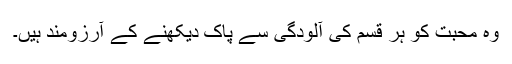
وہ محبت کو ہر قسم کی آلودگی سے پاک دیکھنے کے آرزومند ہیں۔